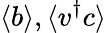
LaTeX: \langle b\rangle,\langle v^{\dagger}c\rangle